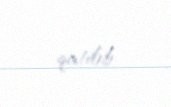
qatılıb.